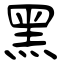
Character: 黑